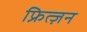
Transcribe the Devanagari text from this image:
फ्रित्ज़न